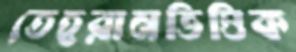
তেহরানভিত্তিক